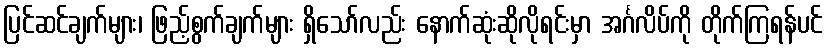
ပြင်ဆင်ချက်များ၊ ဖြည့်စွက်ချက်များ ရှိသော်လည်း နောက်ဆုံးဆိုလိုရင်းမှာ အင်္ဂလိပ်ကို တိုက်ကြရန်ပင်